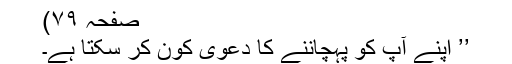
صفحہ ۷۹)
’’ اپنے آپ کو پہچاننے کا دعویٰ کون کر سکتا ہے۔